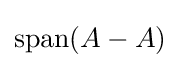
\operatorname {span} (A-A)